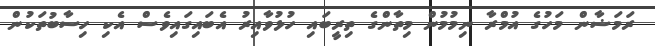
ރަމަޟާން މަހުގެ އުމްރާ ނިމުމުން މިތާންގެ ތިރީބައި ހުޅުވާއިރު އެބައިގައިވެސް އެކި ހިސާބުތަކުން